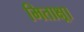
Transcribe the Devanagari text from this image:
मिताक्ष्रा